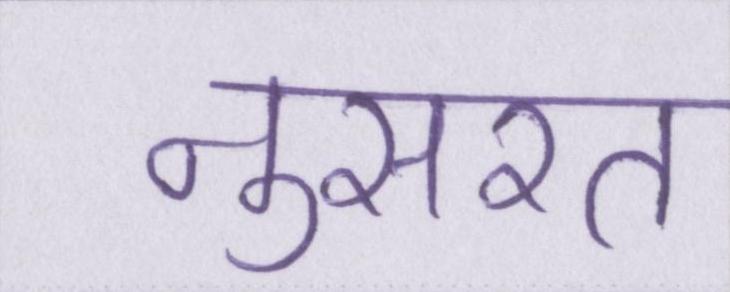
नुसरत